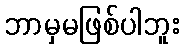
ဘာမှမဖြစ်ပါဘူး